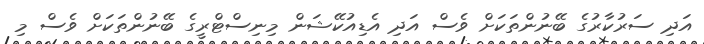
އަދި ސަރުކާރުގެ ބޭނުންތަކަށް ވެސް އަދި އެޑިއުކޭޝަން މިނިސްޓްރީގެ ބޭނުންތަކަށް ވެސް މި